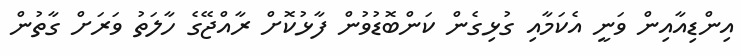
އިންޑިއާއިން ވަނީ އެކަމާއި ގުޅިގެން ކަންބޮޑުވުން ފާޅުކޮށް ރާއްޖޭގެ ހާލަތު ވަރަށް ގާތުން